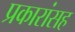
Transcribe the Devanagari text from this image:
प्रकारांसह